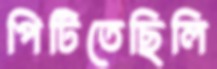
পিটিতেছিলি